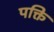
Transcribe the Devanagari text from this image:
पक्ति